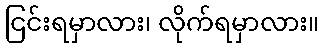
ငြင်းရမှာလား၊ လိုက်ရမှာလား။